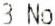
3 NO